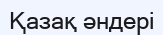
Қазақ әндері